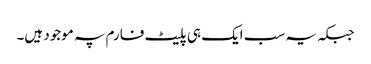
جبکہ یہ سب ایک ہی پلیٹ فارم پہ موجود ہیں۔